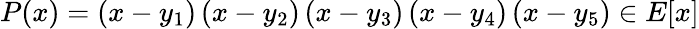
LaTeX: P(x)=\left(x-y_{1}\right)\left(x-y_{2}\right)\left(x-y_{3}\right)\left(x-y_{4}\right)\left(x-y_{5}\right)\in E[x]